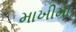
માખીમા